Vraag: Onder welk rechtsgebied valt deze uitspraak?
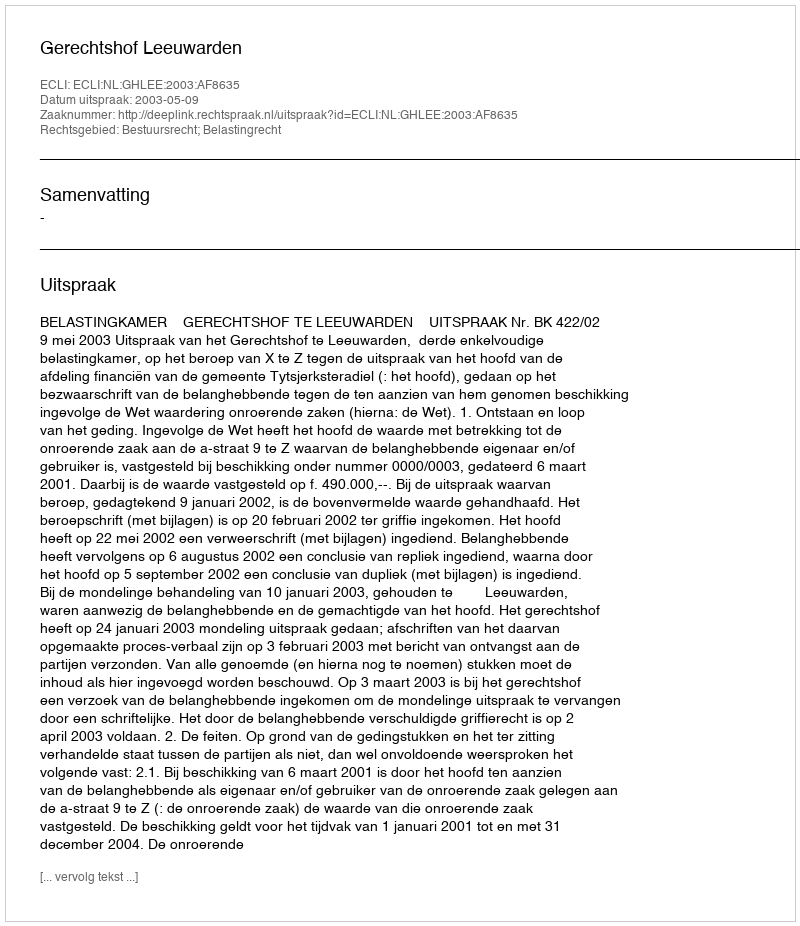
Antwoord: Bestuursrecht; Belastingrecht